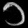
Digit: ၁